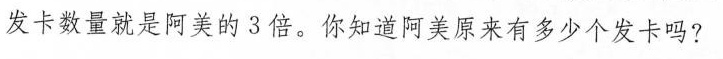
发卡数量就是阿美的3倍。你知道阿美原来有多少个发卡吗?